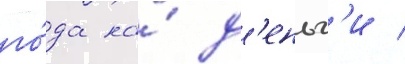
го́да на́ д'еньг'и /